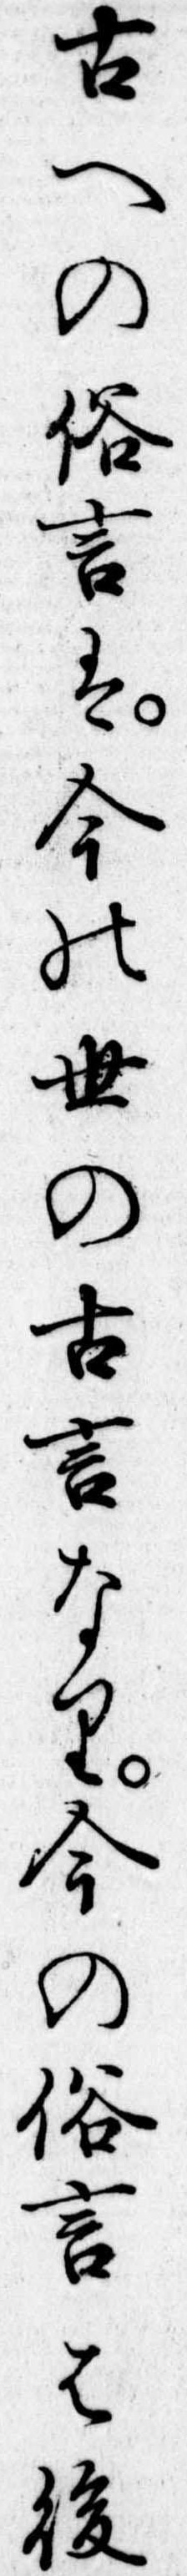
古への俗言は今の世の古言なり今の俗言は後